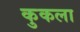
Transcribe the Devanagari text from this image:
कुकला